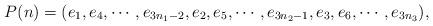
LaTeX: \begin{align*}P(n)=(e_{1},e_{4},\cdots ,e_{3n_{1}-2},e_{2},e_{5},\cdots,e_{3n_{2}-1},e_{3},e_{6},\cdots ,e_{3n_{3}}),\end{align*}